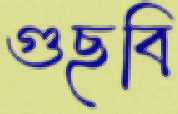
গুছবি